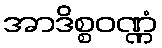
အာဒိစ္စဝဏ္ဏံ